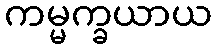
ကမ္မက္ခယာယ